Code of medical and sanitary regulations for the guidance of medical officers serving in the Madras Presidency - Volume II
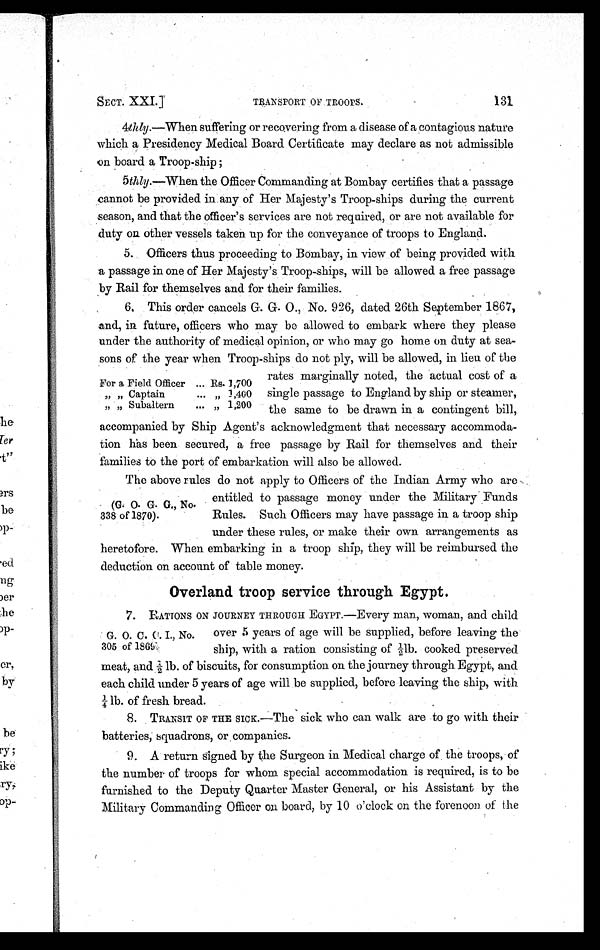
SECT. XXI.]
TRANSPORT OF TROOPS.
131
4
thty.—When suffering or recovering from a disease of a contagious nature
which a Presidency Medical Board Certificate may declare as not admissible
on board a Troop-ship ;
5thly.—When the Officer Commanding at Bombay certifies that a passage
cannot be provided in any of Her Majesty's Troop-ships during the current
season, and that the officer's services are not required, or are not available for
duty on. other vessels taken up for the conveyance of troops to England.
5. Officers thus proceeding to Bombay, in view of being provided with
a passage in one of Her Majesty's Troop-ships, will be allowed a free passage
by Rail for themselves and for their families.
6. This order cancels G. G. O., No. 926, dated 26th September 1867,
and, in future, officers who may be allowed to embark where they please
under the authority of medical opinion, or who may go home on duty at sea-
sons of the year when Troop-ships do not ply, will be allowed, in lieu of the
rates marginally noted, the actual cost of a
single passage to England by ship or steamer,
the same to be drawn in a contingent bill,
accompanied by Ship Agent's acknowledgment that necessary accommoda
tion has been secured, a free passage by Rail for themselves and their
families to the port of embarkation will also be allowed.
The above rules do not apply to Officers of the Indian Army who are
entitled to passage money under the Military Funds
Rules. Such Officers may have passage in a troop ship
under these rules, or make their own arrangements as
heretofore. When embarking in a troop ship, they will be reimbursed the
deduction on account of table money.
Overland troop service through Egypt.
7. RATIONS ON JOURNEY THROUGH EGYPT.—Every man, woman, and child
over 5 years of age will be supplied, before leaving the
ship, with a ration consisting of cooked preserved
meat, and ½ lb. of biscuits, for consumption on the journey through Egypt, and
each child under 5 years of age will be supplied, before leaving the ship, with
¼ lb. of fresh bread.
8. TRANSIT OF THE SICK.—The sick who can walk are to go with their
batteries, squadrons, or companies.
9. A return signed by the Surgeon in Medical charge of, the troops, of
the number of troops for whom special accommodation is required, is to be
furnished to the Deputy Quarter Master General, or his Assistant by the
Military Commanding Officer on board, by 10 o'clock on the forenoon of the
For a Field Officer ... Rs. 1,700
„ „ Captain
... ,, 1 400
„ „ Subaltern ... „ 1,200
(G. O. G. G., No.
338 of 1870).
G. O. C. C. I., No
305 of 1869.